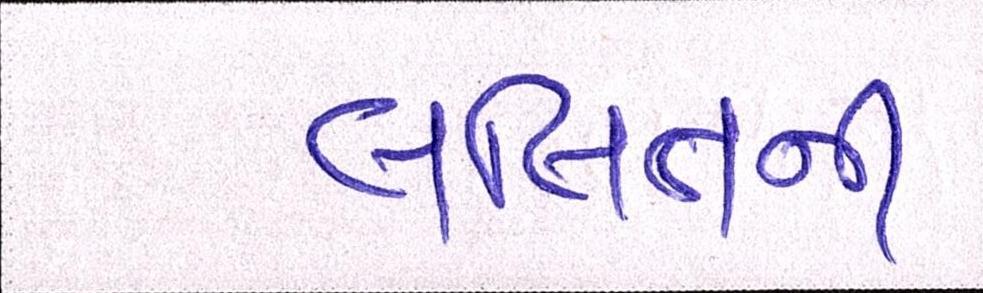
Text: લલિતની